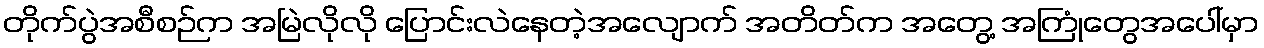
တိုက်ပွဲအစီစဉ်က အမြဲလိုလို ပြောင်းလဲနေတဲ့အလျောက် အတိတ်က အတွေ့ အကြုံတွေအပေါ်မှာ